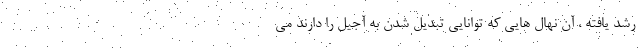
رشد یافته ، آن نهال هایی که توانایی تبدیل شدن به آجیل را دارند می